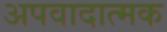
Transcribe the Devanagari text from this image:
अपवादात्मक